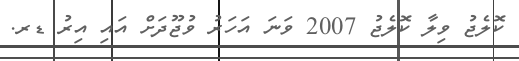
ކޮލެޖު ވިލާ ކޮލެޖު 2007 ވަނަ އަހަރު ވުޖޫދަށް އައި އިރު ޑރ.